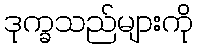
ဒုက္ခသည်များကို